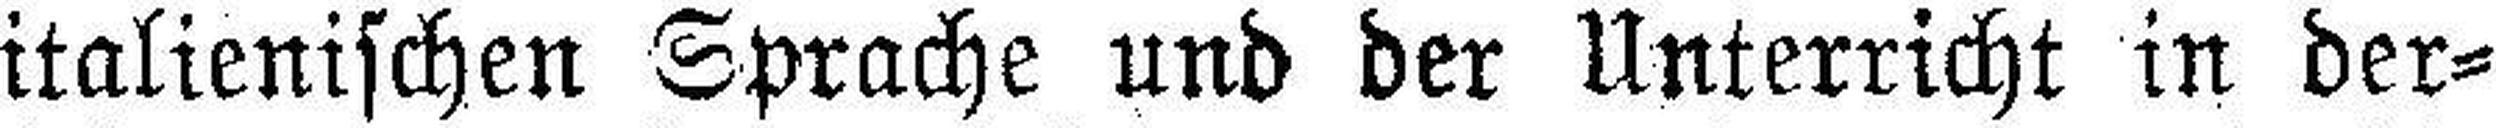
italienischen Sprache und der Unterricht in der¬